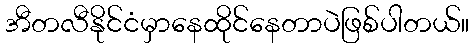
အီတလီနိုင်ငံမှာနေထိုင်နေတာပဲဖြစ်ပါတယ်။